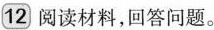
12 阅读材料，回答问题。